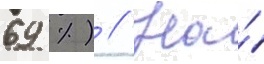
69 %) // На́